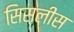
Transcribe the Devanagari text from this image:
सिसलीस